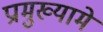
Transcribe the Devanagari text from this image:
प्रामुख्यामे